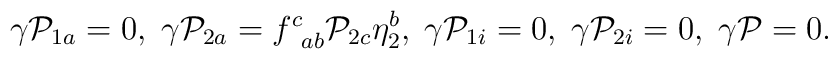
\gamma {\cal P}_{1a}=0,\;\gamma {\cal P}_{2a}=f_{\;\;ab}^c{\cal P}_{2c}\eta_2^b,\;\gamma {\cal P}_{1i}=0,\;\gamma {\cal P}_{2i}=0,\;\gamma {\cal P}=0.